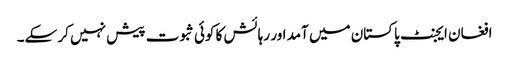
افغان ایجنٹ پاکستان میں آمد اور رہائش کا کوئی ثبوت پیش نہیں کر سکے۔